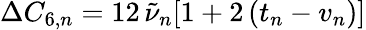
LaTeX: \Delta C_{6,n}=12\, \tilde{\nu}_{n}[1+2\, (t_{n}-v_{n})]